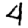
Digit: 4